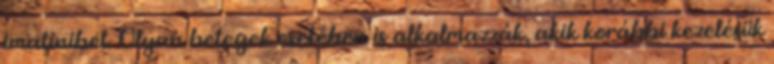
imatinibet. Olyan betegek esetében is alkalmazzák, akik korábbi kezelésük